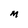
Character: M